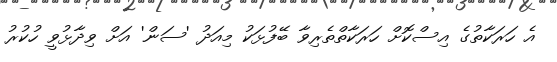
އެ ހަރަކާތުގެ އިސްކޮށް ހަރަކާތްތެރިވާ ބޭފުޅަކު މިއަދު 'ސަން' އަށް ވިދާޅުވީ ހުކުރު